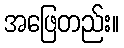
အဖြေတည်း။